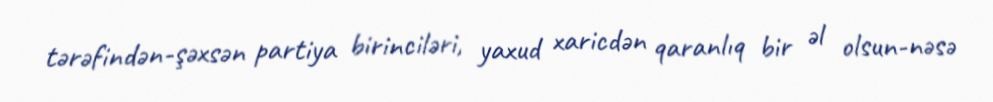
tərəfindən-şəxsən partiya birinciləri, yaxud xaricdən qaranlıq bir əl olsun-nəsə